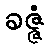
ခဇ္ဇံ